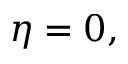
\eta = 0 ,